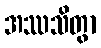
အဿသိတွာ